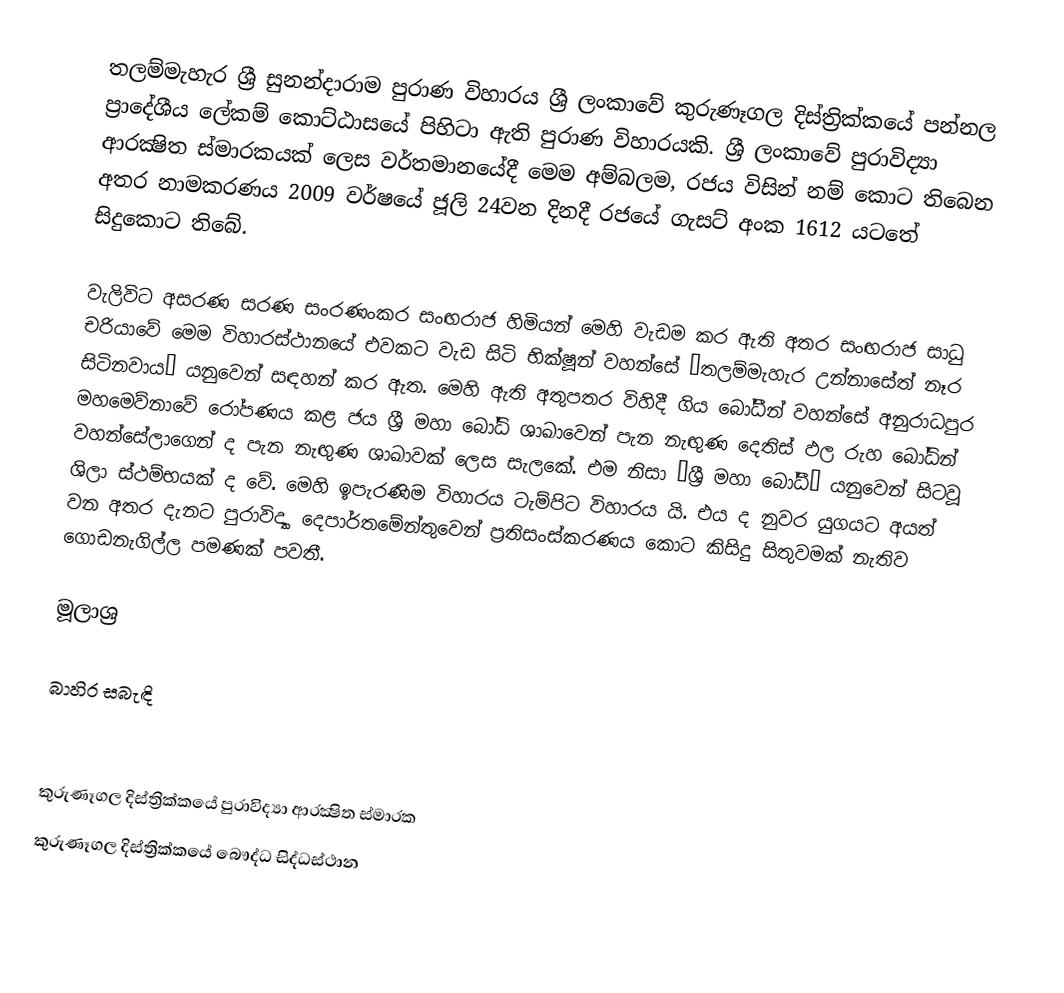
තලම්මැහැර ශ්‍රී සුනන්දාරාම පුරාණ විහාරය ශ්‍රී ලංකාවේ කුරුණෑගල දිස්ත්‍රික්කයේ පන්නල ප්‍රාදේශීය ලේකම් කොට්ඨාසයේ පිහිටා ඇති පුරාණ විහාරයකි. ශ්‍රී ලංකාවේ පුරාවිද්‍යා ආරක්‍ෂිත ස්මාරකයක් ලෙස වර්තමානයේදී මෙම අම්බලම, රජය විසින් නම් කොට තිබෙන අතර නාමකරණය 2009 වර්ෂයේ ජූලි 24වන දිනදී රජයේ ගැසට් අංක 1612 යටතේ සිදුකොට තිබේ.

වැලිවිට අසරණ සරණ සංරණංකර සංඟරාජ හිමියන් මෙහි වැඩම කර ඇති අතර සංඟරාජ සාධු චරියාවේ මෙම විහාරස්ථානයේ එවකට වැඩ සිටි භික්ෂූන් වහන්සේ “තලම්මැහැර උන්නාසේත් නෑර සිටිනවාය“ යනුවෙන් සඳහන් කර ඇත. මෙහි ඇති අතුපතර විහිදී ගිය බෝධීන් වහන්සේ අනුරාධපුර මහමෙව්නාවේ රෝපණය කළ ජය ශ්‍රී මහා බෝධි ශාඛාවෙන් පැන නැඟුණ දෙතිස් ඵල රුහ බෝධින් වහන්සේලාගෙන් ද පැන නැඟුණ ශාඛාවක් ලෙස සැලකේ. එම නිසා “ශ්‍රී මහා බෝධී“ යනුවෙන් සිටවූ ශිලා ස්ථම්භයක් ද වේ. මෙහි ඉපැරණිම විහාරය ටැම්පිට විහාරය යි. එය ද නුවර යුගයට අයත් වන අතර දැනට පුරාවිද්‍යා දෙපාර්තමේන්තුවෙන් ප්‍ර‍තිසංස්කරණය කොට කිසිදු සිතුවමක් නැතිව ගොඩනැගිල්ල පමණක් පවතී.

මූලාශ්‍ර

බාහිර සබැඳි

කුරුණෑගල දිස්ත්‍රික්කයේ පුරාවිද්‍යා ආරක්‍ෂිත ස්මාරක
කුරුණෑගල දිස්ත්‍රික්කයේ බෞද්ධ සිද්ධස්ථාන